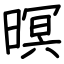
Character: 暝